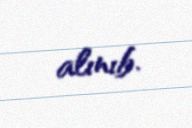
alınıb.